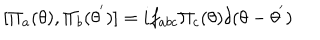
LaTeX: [ { \Pi } _ { a } ( { \theta } ) , { \Pi } _ { b } ( { \theta } ^ { ' } ) ] = i f _ { a b c } { \Pi } _ { c } ( { \theta } ) { \delta } ( \theta - { \theta } ^ { ' } )